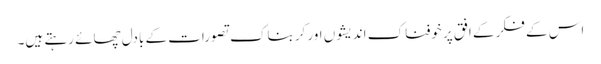
اس کے فکر کے افق پر خوفناک اندیشوں اور کربناک تصورات کے بادل چھائے رہتے ہیں۔